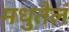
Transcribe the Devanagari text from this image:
मधुतैलं